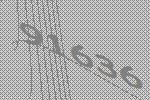
91636